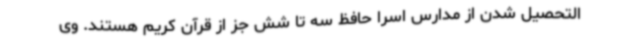
التحصیل شدن از مدارس اسرا حافظ سه تا شش جز از قرآن کریم هستند. وی